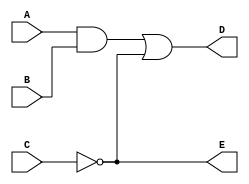
`timescale 1ns/1ps
module and_or_delay(A,B,C,D,E);
    input A,B,C; 
    output D,E; 

wire w1; 

and #(30) G1 (w1,A,B); // tp=30ns 
not #(10) G2 (E,C); // tp=10ns
or #(20) G3 (D,w1,E); // tp=20ns 
endmodule